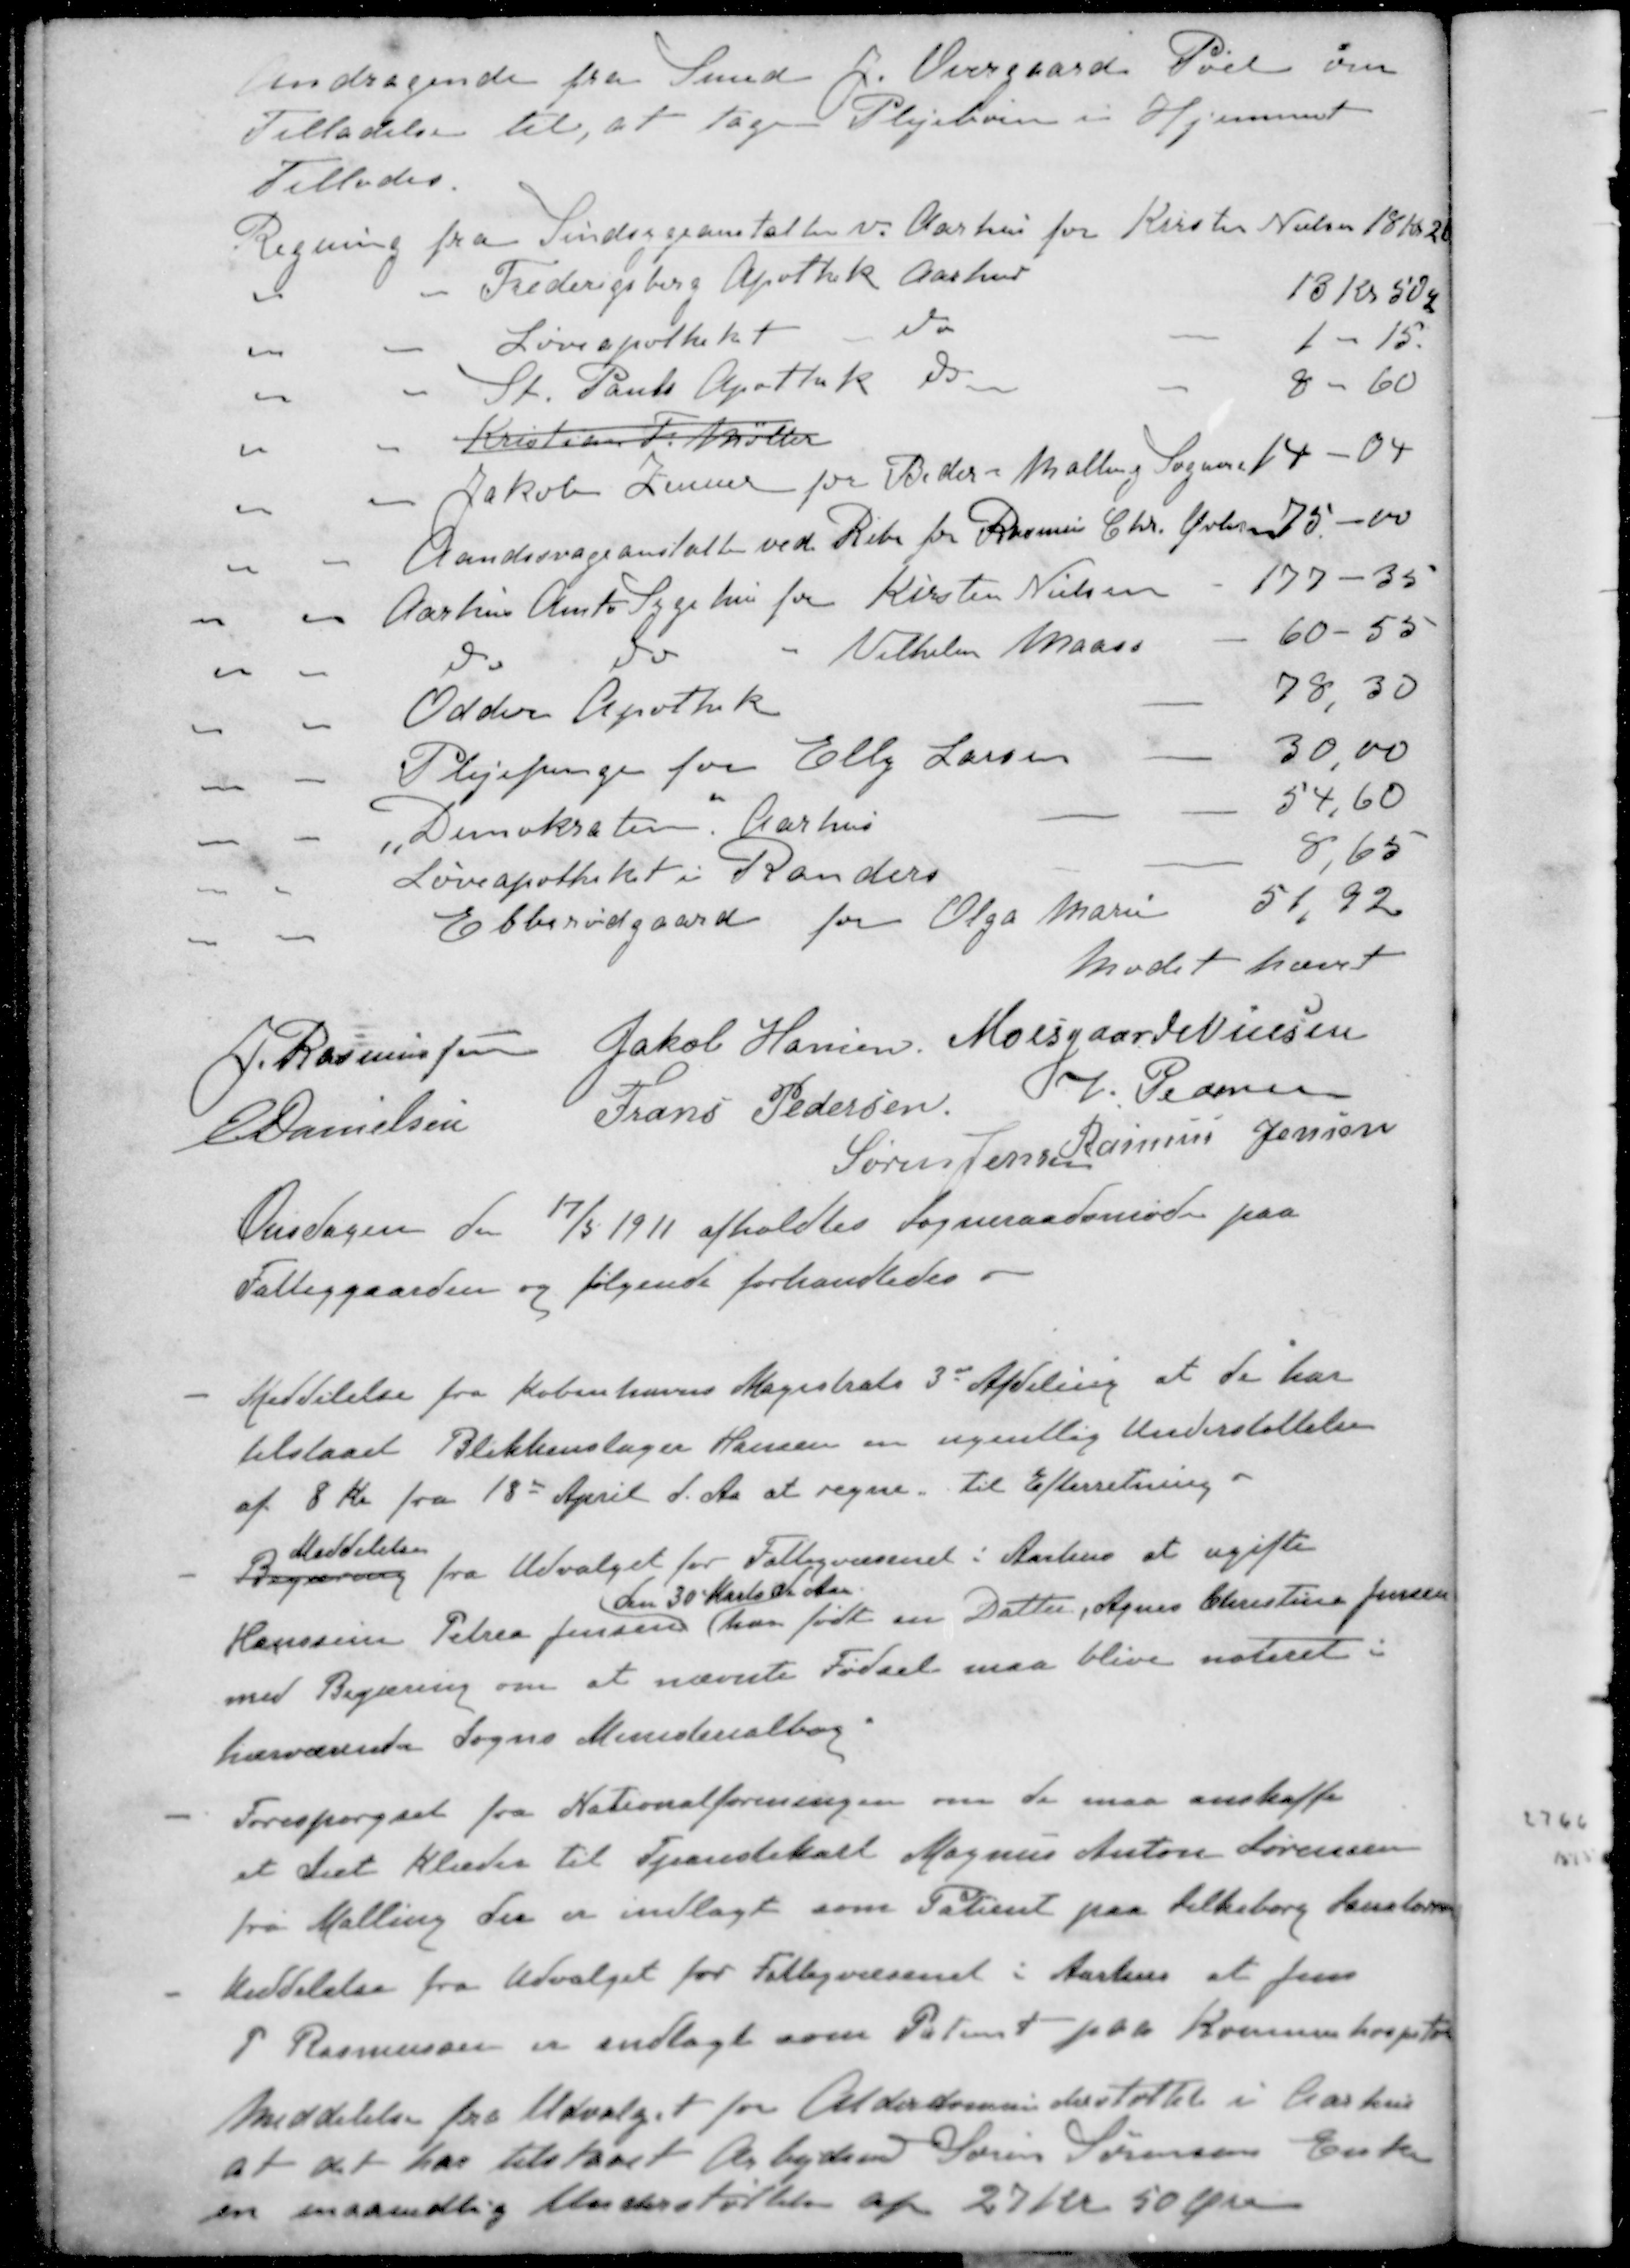
Transskription:
Andragende fra Smed J Overgaard Pøel om
Tilladelse til, at tage Plejebørn i Hjemmet
Tillades.
Regning fra Sindsygeanstalten v. Aarhus for Kirsten Nielsen 18 Kr. 20
" " Frederiksberg Apothek Aarhus 18 kr 50 Ø
" "  Løveapothek do 1 - 15.
" " St. Pauls Apothek do 8- 60
" " Kristian T Møller
" " Jakob Zeuner for Beder-Malling Sogner 14 - 04
" " Aandssvageanstalten ved Ribe for Rasmus Chr. Øvlisen 75 - 00
" " Aarhus Amts Sygehus for Kirsten Nielsen 177 - 35
" " do do " Vilhelm Maase 60 - 55
" " Odder Apothek 78,30
" " Plejepenge for Elly Larsen 30,00
" " "Demokraten" Aarhus 54,60
" " Løveapotheket i Randers 8,65
" " Ebberødgaard for Olga Marie 51,92
Mødet hævet
J Rasmussen
Jakob Hansen
Moesgaard Nielsen
E Danielsen
Frans Pedersen
V Pedersen
Søren Jensen
Rasmus Jensen
Onsdagen den 17/5 1911 afholdtes Sogneraadsmøde paa
Fattiggaarden og følgende forhandledes i
Meddelelse fra Københavns Magistrats 3de Afdeling at de har
tilstaaet Blikkenslager Hansen en ugentlig Understøttelse
af 8 kr fra 18de April d. Aa at regne. Til Efterretning.
Meddelelse
- Begæring fra Udvalget for Fattigvæsenet i Aarhus at ugifte
Den 30 Marts d Aar
Hanssine Petrea Jensen har født en Datter, Agnes Christine Jensen
med Begæring om at nævnte Fødsel maa blive noteret i
hærværende Sogns Ministerialbog
- Forespørgsel fra Nationalforeningen om de maa anskaffe
et Sæt klæder til Tjenestekarl Magnus Anton Sørensen
fra Malling der er indlagt som Patient paa Silkeborg Sanatorium
- Meddelelse fra Udvalget for Fattigvæsenet i Aarhus at Jens
P Rasmussen er indlagt som Patient paa Kommunehospital
Meddelelse fra Udvalget for Alderdomsunderstøttet i Aarhus
at det har tilstaet Arbejdsmd Søren Sørensens Enke
en maanedlig Understøttelse af 27 Kr 50 Øre